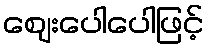
ဈေးပေါပေါဖြင့်